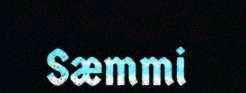
Sæmmi